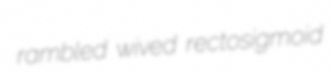
rambled wived rectosigmoid